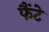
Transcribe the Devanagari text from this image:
फैंटे